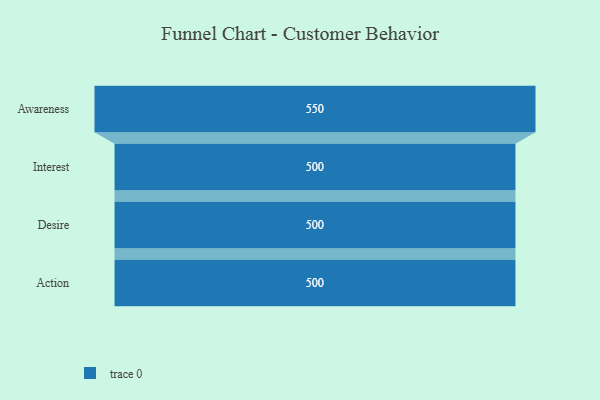
{"axis": {"x": "Stage", "y": "Value"}, "legend": [""], "data": [{"x": "Awareness", "y": 550.0, "type": ""}, {"x": "Interest", "y": 500, "type": ""}, {"x": "Desire", "y": 500, "type": ""}, {"x": "Action", "y": 500, "type": ""}]}